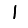
Digit: 1